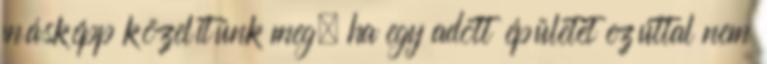
másképp közelítünk meg, ha egy adott épületet ezúttal nem